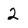
Character: 2